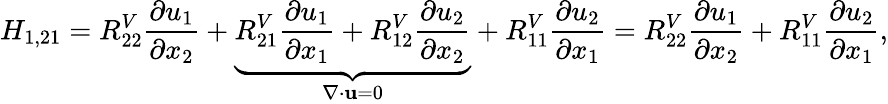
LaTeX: H_{1,21}=R_{22}^{V}\frac{\partial u_{1}}{\partial x_{2}}+\underbrace{R_{21}^{V}\frac{\partial u_{1}}{\partial x_{1}}+R_{12}^{V}\frac{\partial u_{2}}{\partial x_{2}}}_{\nabla\cdot\mathbf{u}=0}+R_{11}^{V}\frac{\partial u_{2}}{\partial x_{1}}=R_{22}^{V}\frac{\partial u_{1}}{\partial x_{2}}+R_{11}^{V}\frac{\partial u_{2}}{\partial x_{1}},